system: You are a helpful assistant.
user:
Analyze the provided spectrum to determine if it is a **Carbon Star (C-type)**.

- **Key Visual Indicators of Carbon Star:**
    - **(Primary):** Strong molecular absorption from **C₂ (diatomic carbon) "Swan Bands."** This is the **defining feature** of a carbon star.
        - **(Key Bandheads):** Sharp absorption edges are visible at approximately $5635$ Å, $5165$ Å (the strongest band), and $4737$ Å.
        - **(Line Profile):** Creates a distinct **"saw-tooth"** pattern. The key morphology is a sharp, steep bandhead on the **red (long-wavelength) side**, which then gradually tapers off (i.e., flux recovers) towards the **blue (short-wavelength) side**. *(This is the direct opposite of the TiO bands seen in M-type stars)*.

    - **(Secondary):** Intense **CN (cyanogen)** molecular absorption bands.
        - **(Key Bandheads):** Located in the blue and violet regions of the spectrum (e.g., near $4215$ Å and $3883$ Å).
        - **(Morphology):** These bands are extremely broad and act as a "blanket," absorbing the vast majority of blue and violet light. This creates a characteristic **"cliff"** or **"steep drop-off"** in the spectrum's flux at short wavelengths.

    - **(Key Confirmation):** Strong **CH absorption band (G-band)**.
        - **(Key Bandhead):** Located around $4300$ Å. The contribution from CH molecules to this band is exceptionally strong.

    - **(Overall Spectrum):**
        - The continuum is severely "chopped up" by these deep molecular bands, especially C₂, rather than appearing as a smooth curve.
        - Due to the heavy CN and C₂ absorption in the blue-green, the vast majority of the star's flux is concentrated in the red part of the spectrum, giving the star its characteristic deep red color.

Think first, call **spectral_visualization_tool** if needed to examine features in detail, then provide your final answer. Your response must adhere to the following strict rules:
1.  **Overall Structure:** Your response must follow the format `<think>...</think> <tool_call>...</tool_call> (if a tool is used) <answer>...</answer>`.
2.  **Tool Usage Constraint:** You may only make **one** tool call per turn.
3.  **Final Answer Format:** In the `<answer>` tag, your conclusion must be inside a `\boxed{}` command (e.g., `\boxed{YES}`), followed by your justification.

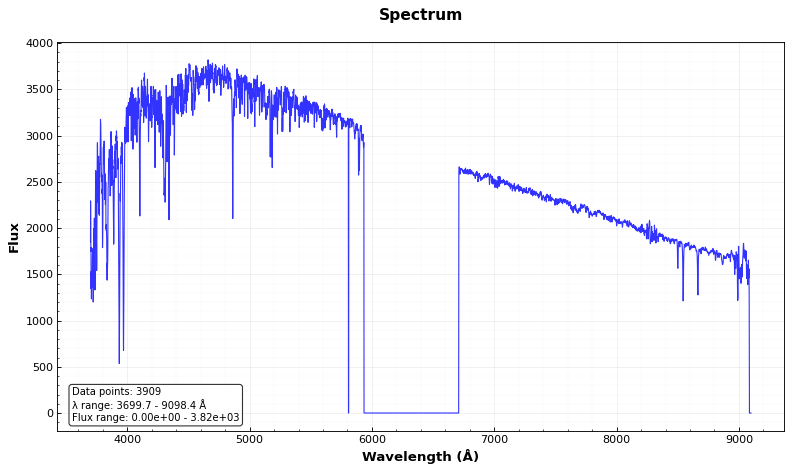
Answer: NO